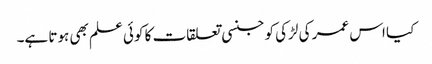
کیا اس عمر کی لڑکی کو جنسی تعلقات کا کوئی علم بھی ہوتا ہے۔